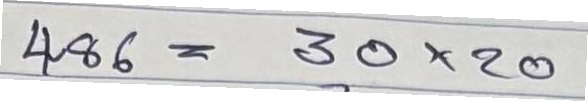
486 = 30x20